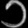
Digit: ၁